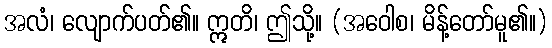
အလံ၊ လျောက်ပတ်၏။ ဣတိ၊ ဤသို့။ (အဝေါစ၊ မိန့်တော်မူ၏။)